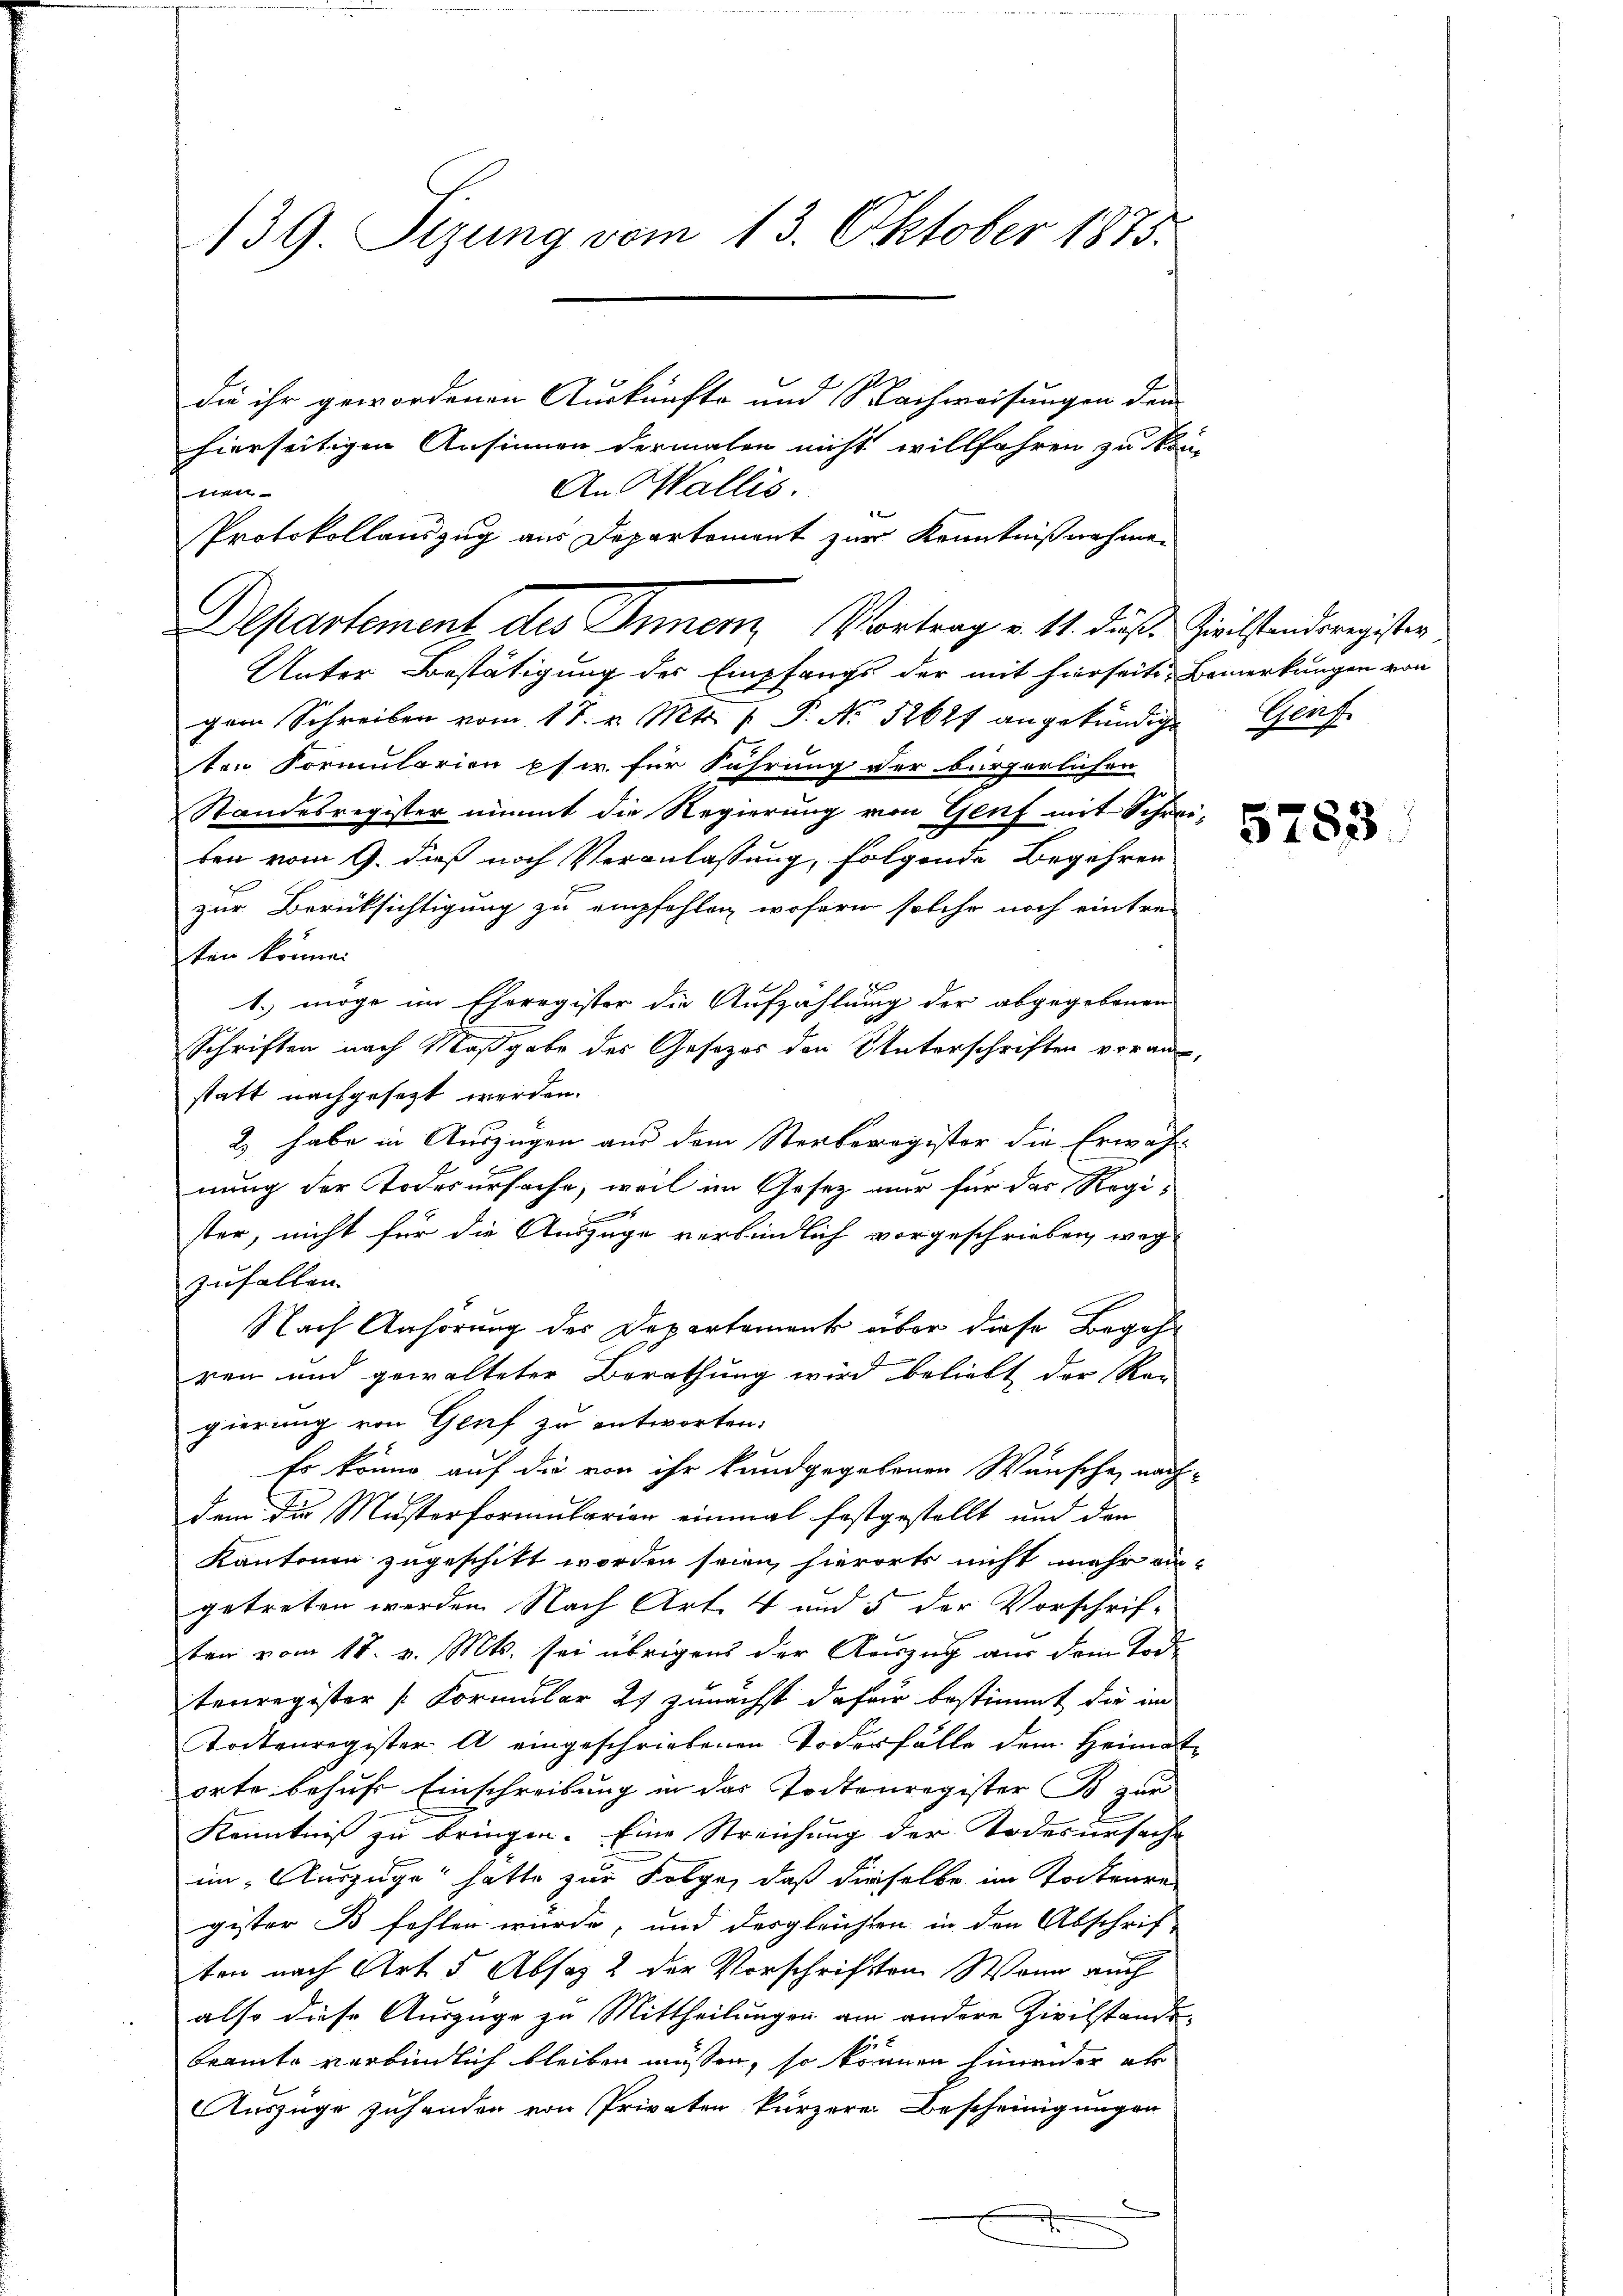
139. Sizung vom 13. Oktober 1875.

die ihr gewordenen Auskünfte und 10 Nachweisungen dem
hierseitigen Ansinnen dermalen nicht willfahren zu kön
An Wallis.
tt |
Protokollauszug aus Departement zur Kenntnißnahmen

Departement, des Innen, Vortrag v. 11. dieß Heilstanderegister
Unter Bestätigung des Empfangs der mit hierseite Bemerkungen von

par Schreiben vom 17. v. Mts. f. P. Nr. 52627 angekündige Genf
ten Formularien pfir für Führung der bürgerlichen
Standesregister nimmt die Regierung von Genf mit Schrei-
ben vom 9. dieß noch Veranlassung, folgende Begehren

zur Berücksichtigung zu empfehlen, wofern solche noch eintreten könne.
1. möge im Eheregister die Aufzählung der abgegebenen
Schriften nach Maßgabe des Gesezes den Unterschriften voraus-
statt nachgesezt werden.
2) habe in Auszügen aus dem Sterberegister die Erwäh
7
nung der Todesursache, weil im Gesetz nur für das Regi

ster, nicht für die Auszüge verbindlich vorgeschrieben, weg
zufallen.
Nach Anhörung des Departement über diese Begehr
ren und gewalteter Berathung wird beliebt der Ran
gierung von Genf zu entworten.
Es könne auf die von ihr kundgegebenen Wünsche, nach-
dem die Musterformularian einmal festgestellt und den
Kantonen zugeschikt worden seien, hierorts nicht mehr eingetreten werden Nach Art. 4 und 5 der Vorschrif-
ten vom 18. v. Mts. sei übrigens der Auszug aus dem Tode
tenregister /: Cormular 2) zunächst dafür bestimmt die im
Tockenregister A eingeschriebenen Todesfälle dem Heimatorte behufs Einschreibung in das Todtenregister Bs zur
Kenntniß zu bringen. Eine Streichung der Todesursache
im „Auszüge hatte zur Folge, daß dieselbe im Torteure
gister B fehlen würde, und desgleichten in den Abschrif
ten nach Art. 5 Absaz 2 der Vorschriften Wenn auch
also diese Auszüge zu Mittheilungen am andere Zivilstande
beamte verbindlich bleiben müssen, so können hinwider als
Auszüge zuhanden von Privaten kürzere Bescheinigungen
F

5783